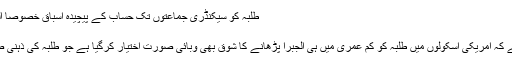
طلبہ کو سیکنڈری جماعتوں تک حساب کے پیچیدہ اسباق خصوصاً الجبرا سے دور رکھا جائے
یو ایس اے ٹوڈے
'یو ایس اے ٹوڈے' لکھتا ہے کہ امریکی اسکولوں میں طلبہ کو کم عمری میں ہی الجبرا پڑھانے کا شوق بھی وبائی صورت اختیار کرگیا ہے جو طلبہ کی ذہنی صحت کے لیے ٹھیک نہیں۔